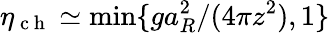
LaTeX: \eta_{\mathrm{~c~h~}}\simeq\operatorname*{min}\{ ga_{R}^{2}/(4\pi z^{2}),1\}